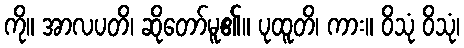
ကို။ အာလပတိ၊ ဆိုတော်မူ၏။ ပုထူတိ၊ ကား။ ဝိသုံ ဝိသုံ၊